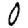
Digit: 0